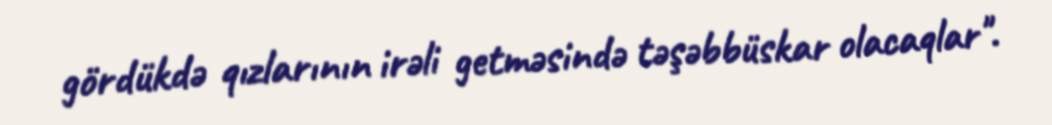
gördükdə qızlarının irəli getməsində təşəbbüskar olacaqlar".